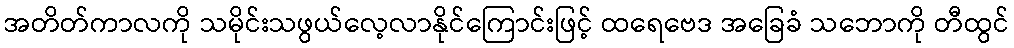
အတိတ်ကာလကို သမိုင်းသဖွယ်လေ့လာနိုင်ကြောင်းဖြင့် ထရေဗေဒ အခြေခံ သဘောကို တီထွင်